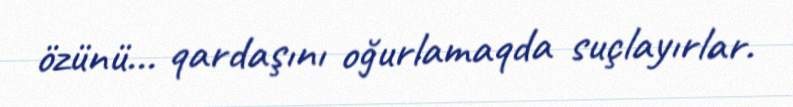
özünü... qardaşını oğurlamaqda suçlayırlar.